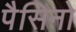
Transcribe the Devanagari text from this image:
पैसिनो